Riigikantselei, lk 92
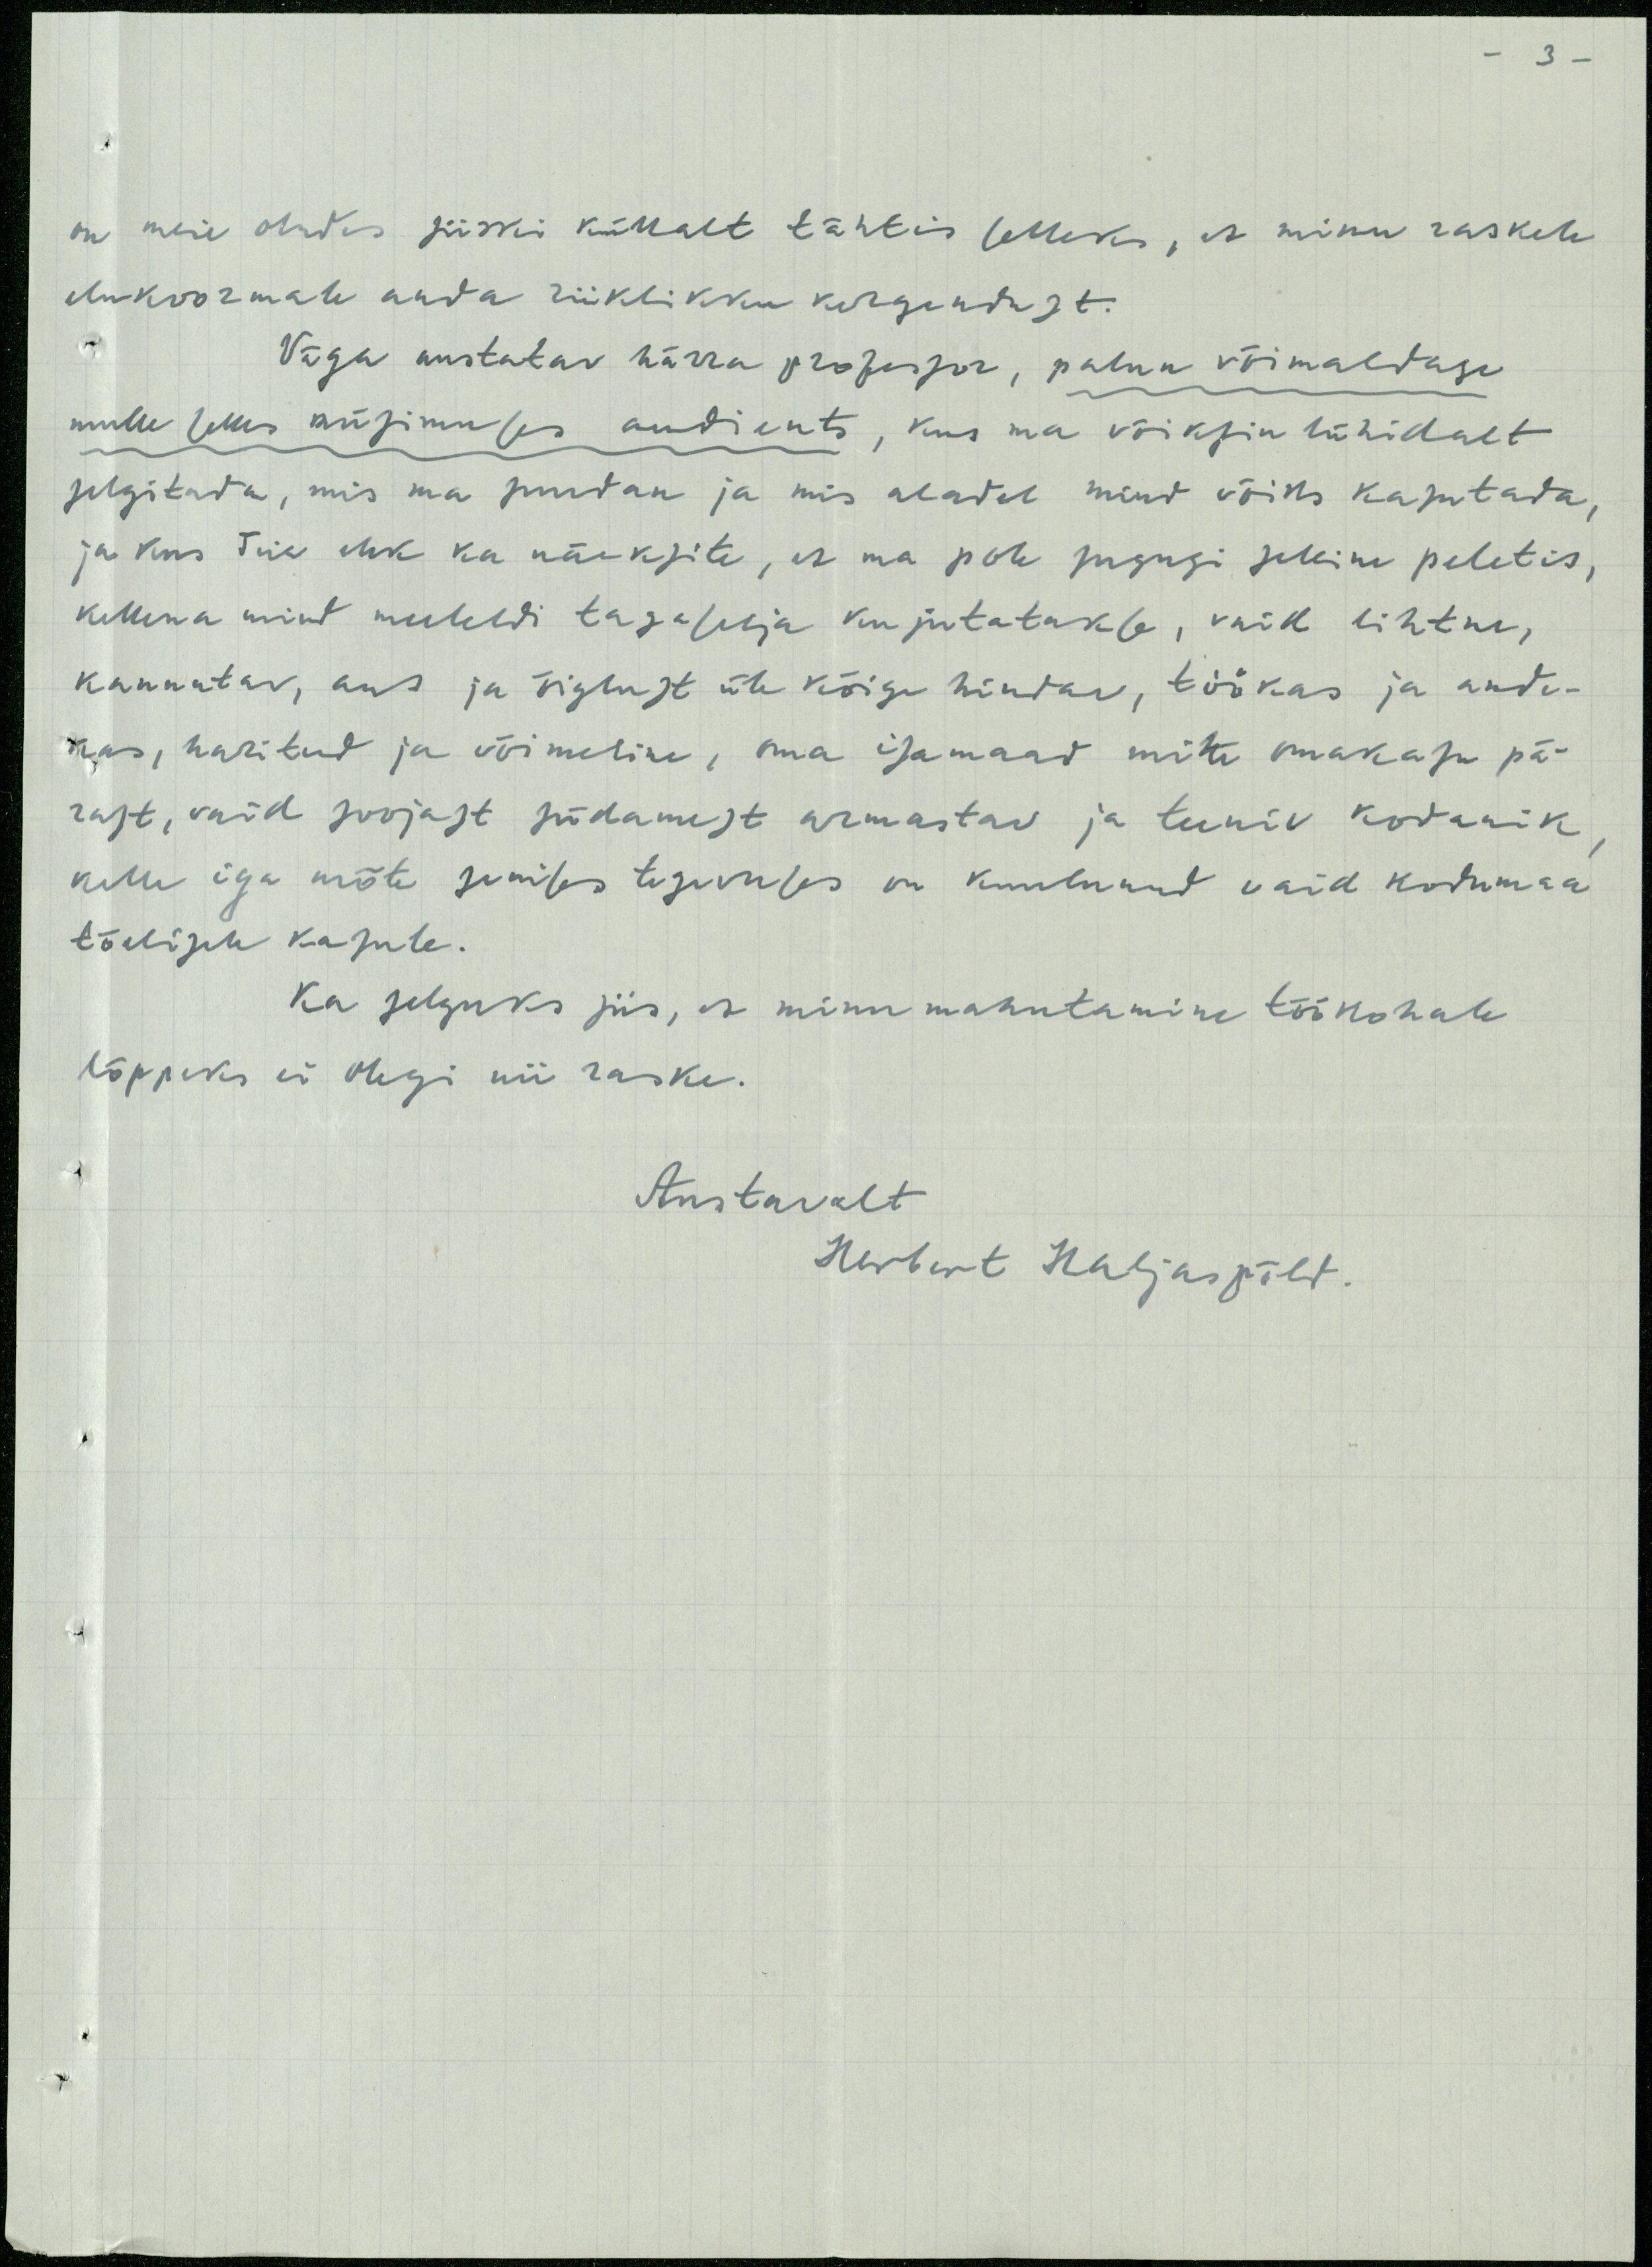
on meie oludes siiski küllalt tähtis selleks, et minu raskele
elukoormale anda riiklikku kergendust.
Väga austatav härra professor, palun võimaldagee
mulle selles küsimuses audients, kus ma võiksin lühidalt
selgitada, mis ma suudan ja mis aladel mind võiks kasutada,
ja kus Teie ehk ka näeksite, et ma pole sugugi selline peletis,
kellena mind meeleldi tagaselja kujutatakse, vaid lihtne,
kannatav, aus ja õigkust üle kõige hindav, töökas ja ande-
kas, haritud ja võimaline, oma isamaad mitte omakasu pä-
rast, vaid soojast südamest armastav ja teeniv kodanik,
kelle iga mõte senises tegevuses on kuulunud vaid kodumaa
tõelisele kasule.
ka selguks siis, et minu mahutamine töökohale
lõppeks ei olegi nii raske.
Austavalt
Herbert Haljaspõld.